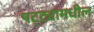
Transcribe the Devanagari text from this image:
पट्ट्यामधील